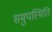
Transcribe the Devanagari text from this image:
समुपस्थिति